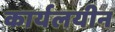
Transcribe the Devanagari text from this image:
कार्यलयीन